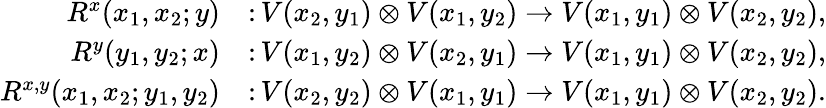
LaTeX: \begin{array}{rl}{R^{x}(x_{1},x_{2};y)}&{\colon V(x_{2},y_{1})\otimes V(x_{1},y_{2})\to V(x_{1},y_{1})\otimes V(x_{2},y_{2}),}\\ {R^{y}(y_{1},y_{2};x)}&{\colon V(x_{1},y_{2})\otimes V(x_{2},y_{1})\to V(x_{1},y_{1})\otimes V(x_{2},y_{2}),}\\ {R^{x,y}(x_{1},x_{2};y_{1},y_{2})}&{\colon V(x_{2},y_{2})\otimes V(x_{1},y_{1})\to V(x_{1},y_{1})\otimes V(x_{2},y_{2}).}\end{array}